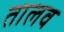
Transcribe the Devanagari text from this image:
तालव